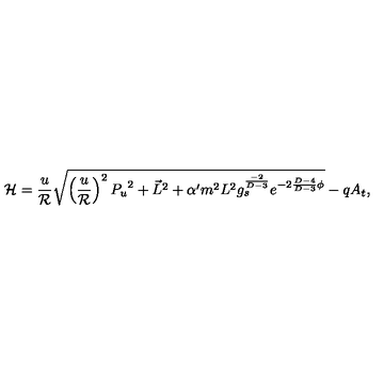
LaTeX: { \cal H } = { \frac { u } { \cal R } } \sqrt { \left( { \frac { u } { \cal R } } \right) ^ { 2 } { P _ { u } } ^ { 2 } + \vec { L } ^ { 2 } + \alpha ^ { \prime } m ^ { 2 } L ^ { 2 } g _ { s } ^ { \frac { - 2 } { D - 3 } } e ^ { - 2 { \frac { D - 4 } { D - 3 } } \phi } } - q A _ { t } ,